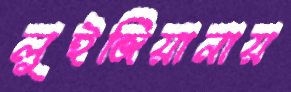
লুইজিয়ানায়